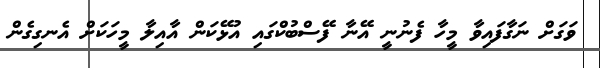
ވަގަށް ނަގާފައިވާ މީހާ ފެނުނީ އޭނާ ފޭސްބުކްގައި އުޅޭކަން އާއިލާ މީހަކަށް އެނގިގެން